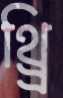
থ্র্রি